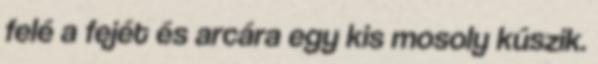
felé a fejét és arcára egy kis mosoly kúszik.